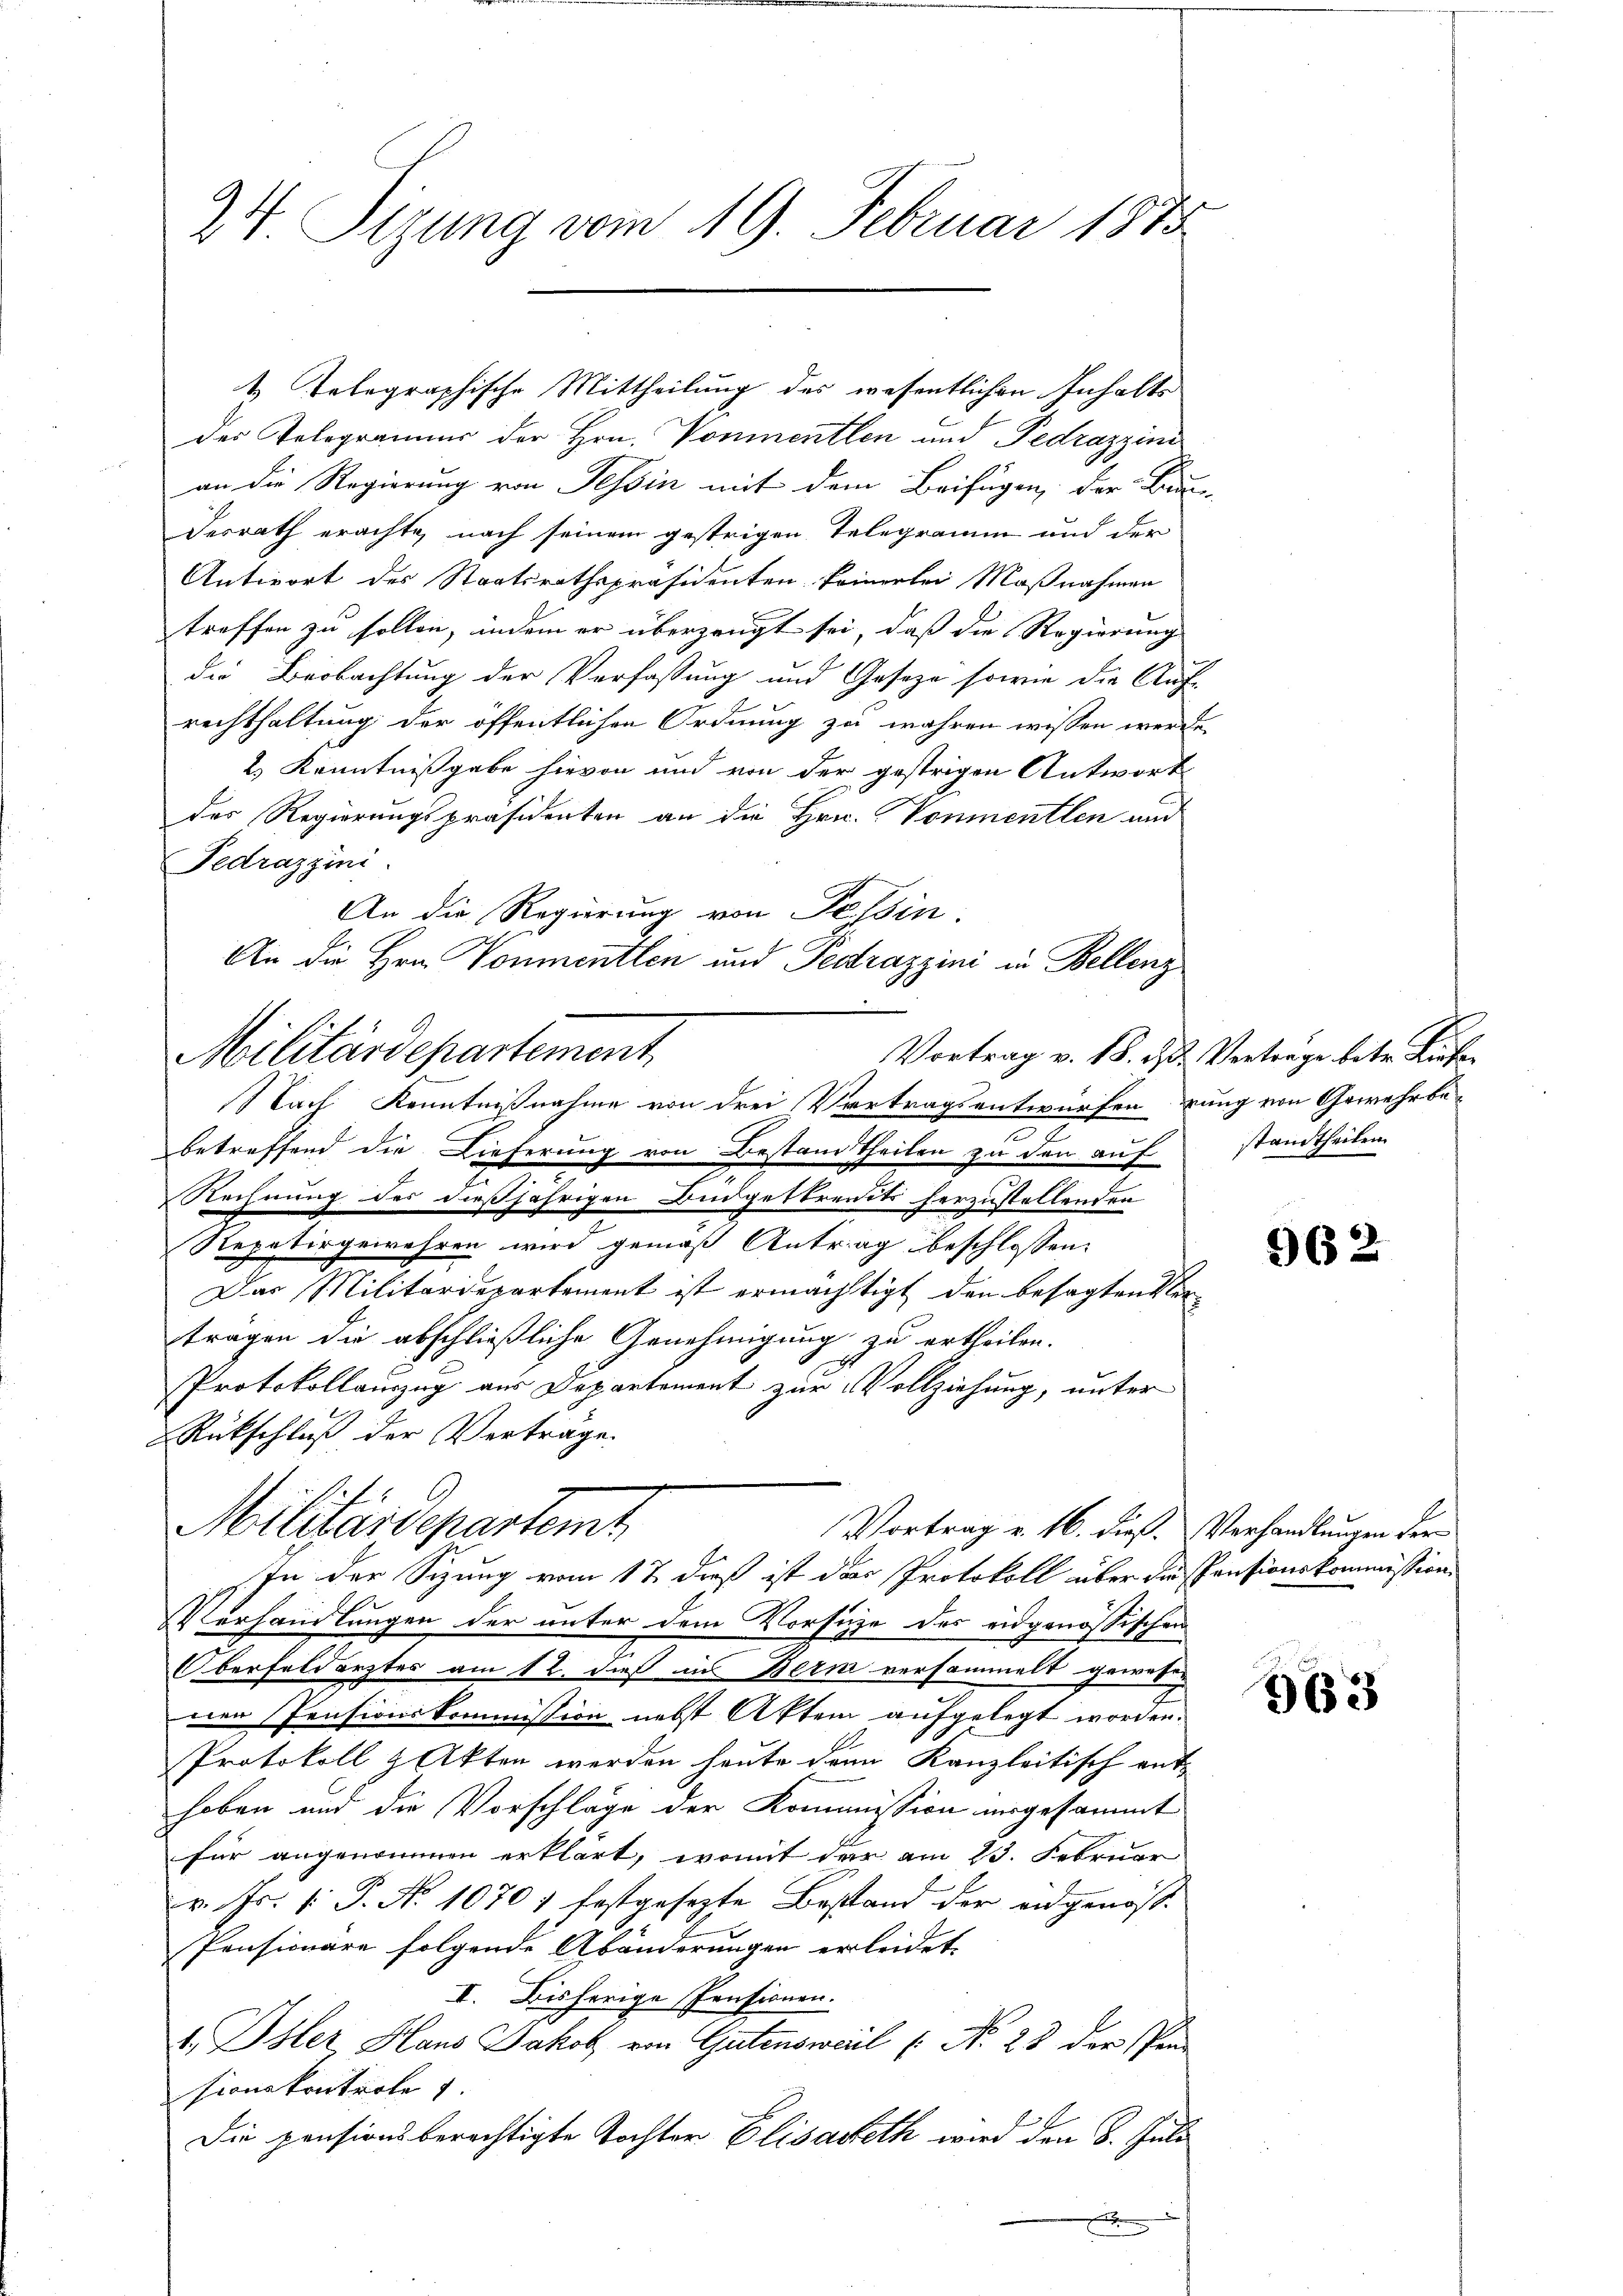
24 Sizung vom 19. Februar 1873

1. Telegraphische Mittheilung des wesentlichen Inhalte
der Telegrammer der Hrn. Vonmentlen und Pedrazzini
an die Regierung von Tessin mit dem Beifügen, der Bun-
Derrath erachte, nach seinem gestrigen Telegramm und der
Antwort des Staatsrathspräsidenten keinerlei Maßnahmen
treffen zu sollen, indem er überzeugt sei, daß die Regierung
die Beobachtung der Verfassung und Gesetze sowie die Auf-
rechthaltung der öffentlichen Ordnung zu wahren wissen werde.
2.) Kenntnißgabe hievon und von der gestrigen Antwort
der Regierungspräsidenten an die Hrn. Vonmentlen und
Fedrazzini.
An die Regierung von Felsin
.
An die Hrn. Vonmentlen und Pestrazzini in Bellenz
Nach Kenntnißnahme von drei Vertragsentwürfen zung von Gewehrbebetreffend die Lieferung von Bestandtheilen zu den auf standtheilen
Rechnung des dießjährigen Budgetbreits herzustellenden
Repetirgewehren wird gemäß Antrag beschlossen:
Das Militärdepartement ist ermächtigt den besagten er
tragen die abschließliche Genehmigung zu ertheilen.
s
Protokollauszug aus Departement zur Vollziehung, unter
Rückschluß der Vertrage.
Militärdepartemt
Vortrag v. 16. dieß Verhandlungen der
In der Sizung vom 17. dieß ist das Protokoll über die Pensionskommission
Verhandlungen der unter dem Vorsiche des eidgenössischen
Oberfeldarztes am 12. dieß in Bern versammelt gewesen
nen Pensionskommission nebst Aktem aufgelegt worden.
Protokoll & Akten werden heute denn Kanzleitisch ent-
hoben und die Vorschlage der Kommission angesammt
für angenommen erklärt, womit der am 23. Februar
v. Js. [ P. No 1070 1 festgesezte Bestand der eidgenöss
Pensionäre folgende Abänderungen erleidet
I. Bisherige Pensionen.
t. Ohler Hans Jakob von Gutensweil (: No 23 der Pen-
sionskontrole
Die pensionsberechtigte Tochter Elisabeth wird den 8. Juli

Militärdepartement

Vortrag v. 18. 21. Vertrage betr. Liefer

962

963